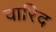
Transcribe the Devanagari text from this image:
वारिद